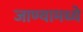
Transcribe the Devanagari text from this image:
जाण्यामध्ये